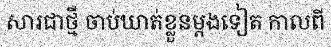
សារជាថ្មី ចាប់ឃាត់ខ្លួនម្តងទៀត កាលពី